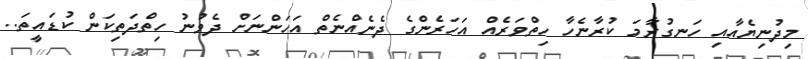
މިދުނިޔެއާއި ހަނގުރާމަ ކުރާނެހާ ހިތްވަރެއް އަހަރެންގެ ދެނެއްނެތް އަހަންނަށް ދެވުނު ހިތްދަތިކަން ކުޑައީތަ..